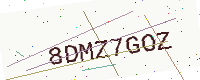
Text: 8DMZ7GOZ